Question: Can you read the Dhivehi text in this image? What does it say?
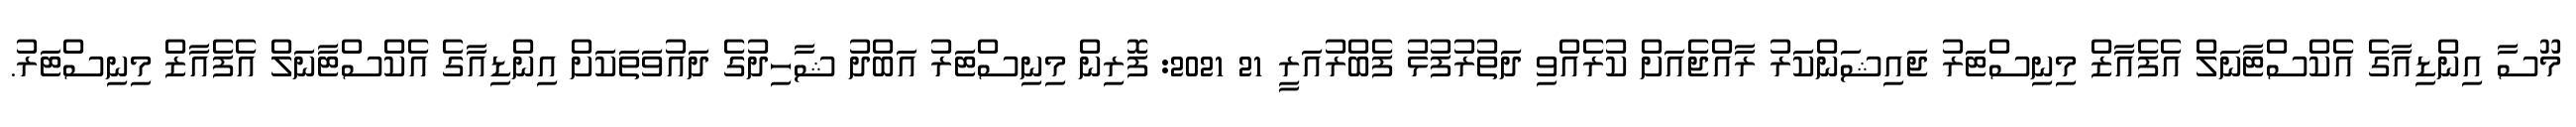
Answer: މޫސާ އިންޑިއާގެ އެކްސްޓާނަލް އެފެއާޒް މިނިސްޓަރު ޖައިޝަންކަރު ރާއްޖެއަށް ކުރެއްވި ދަތުރުފުޅު ފެބްރުއަރީ 21 2021: ފޮރިން މިނިސްޓަރު އަބްދު ޝާހިދުގެ ދައުވަތަކަށް އިންޑިއާގެ އެކްސްޓާނަލް އެފެއާޒް މިނިސްޓަރު.